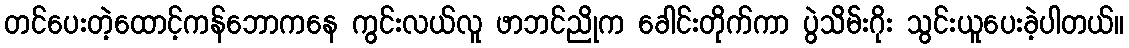
တင်ပေးတဲ့ထောင့်ကန်ဘောကနေ ကွင်းလယ်လူ ဖာဘင်ညိုက ခေါင်းတိုက်ကာ ပွဲသိမ်းဂိုး သွင်းယူပေးခဲ့ပါတယ်။